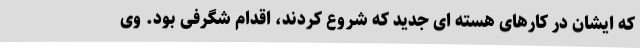
که ایشان در کارهای هسته ای جدید که شروع کردند، اقدام شگرفی بود. وی